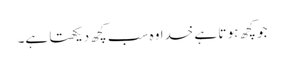
جو کچھ ہو تا ہے خدا وہ سب کچھ دیکھتا ہے۔